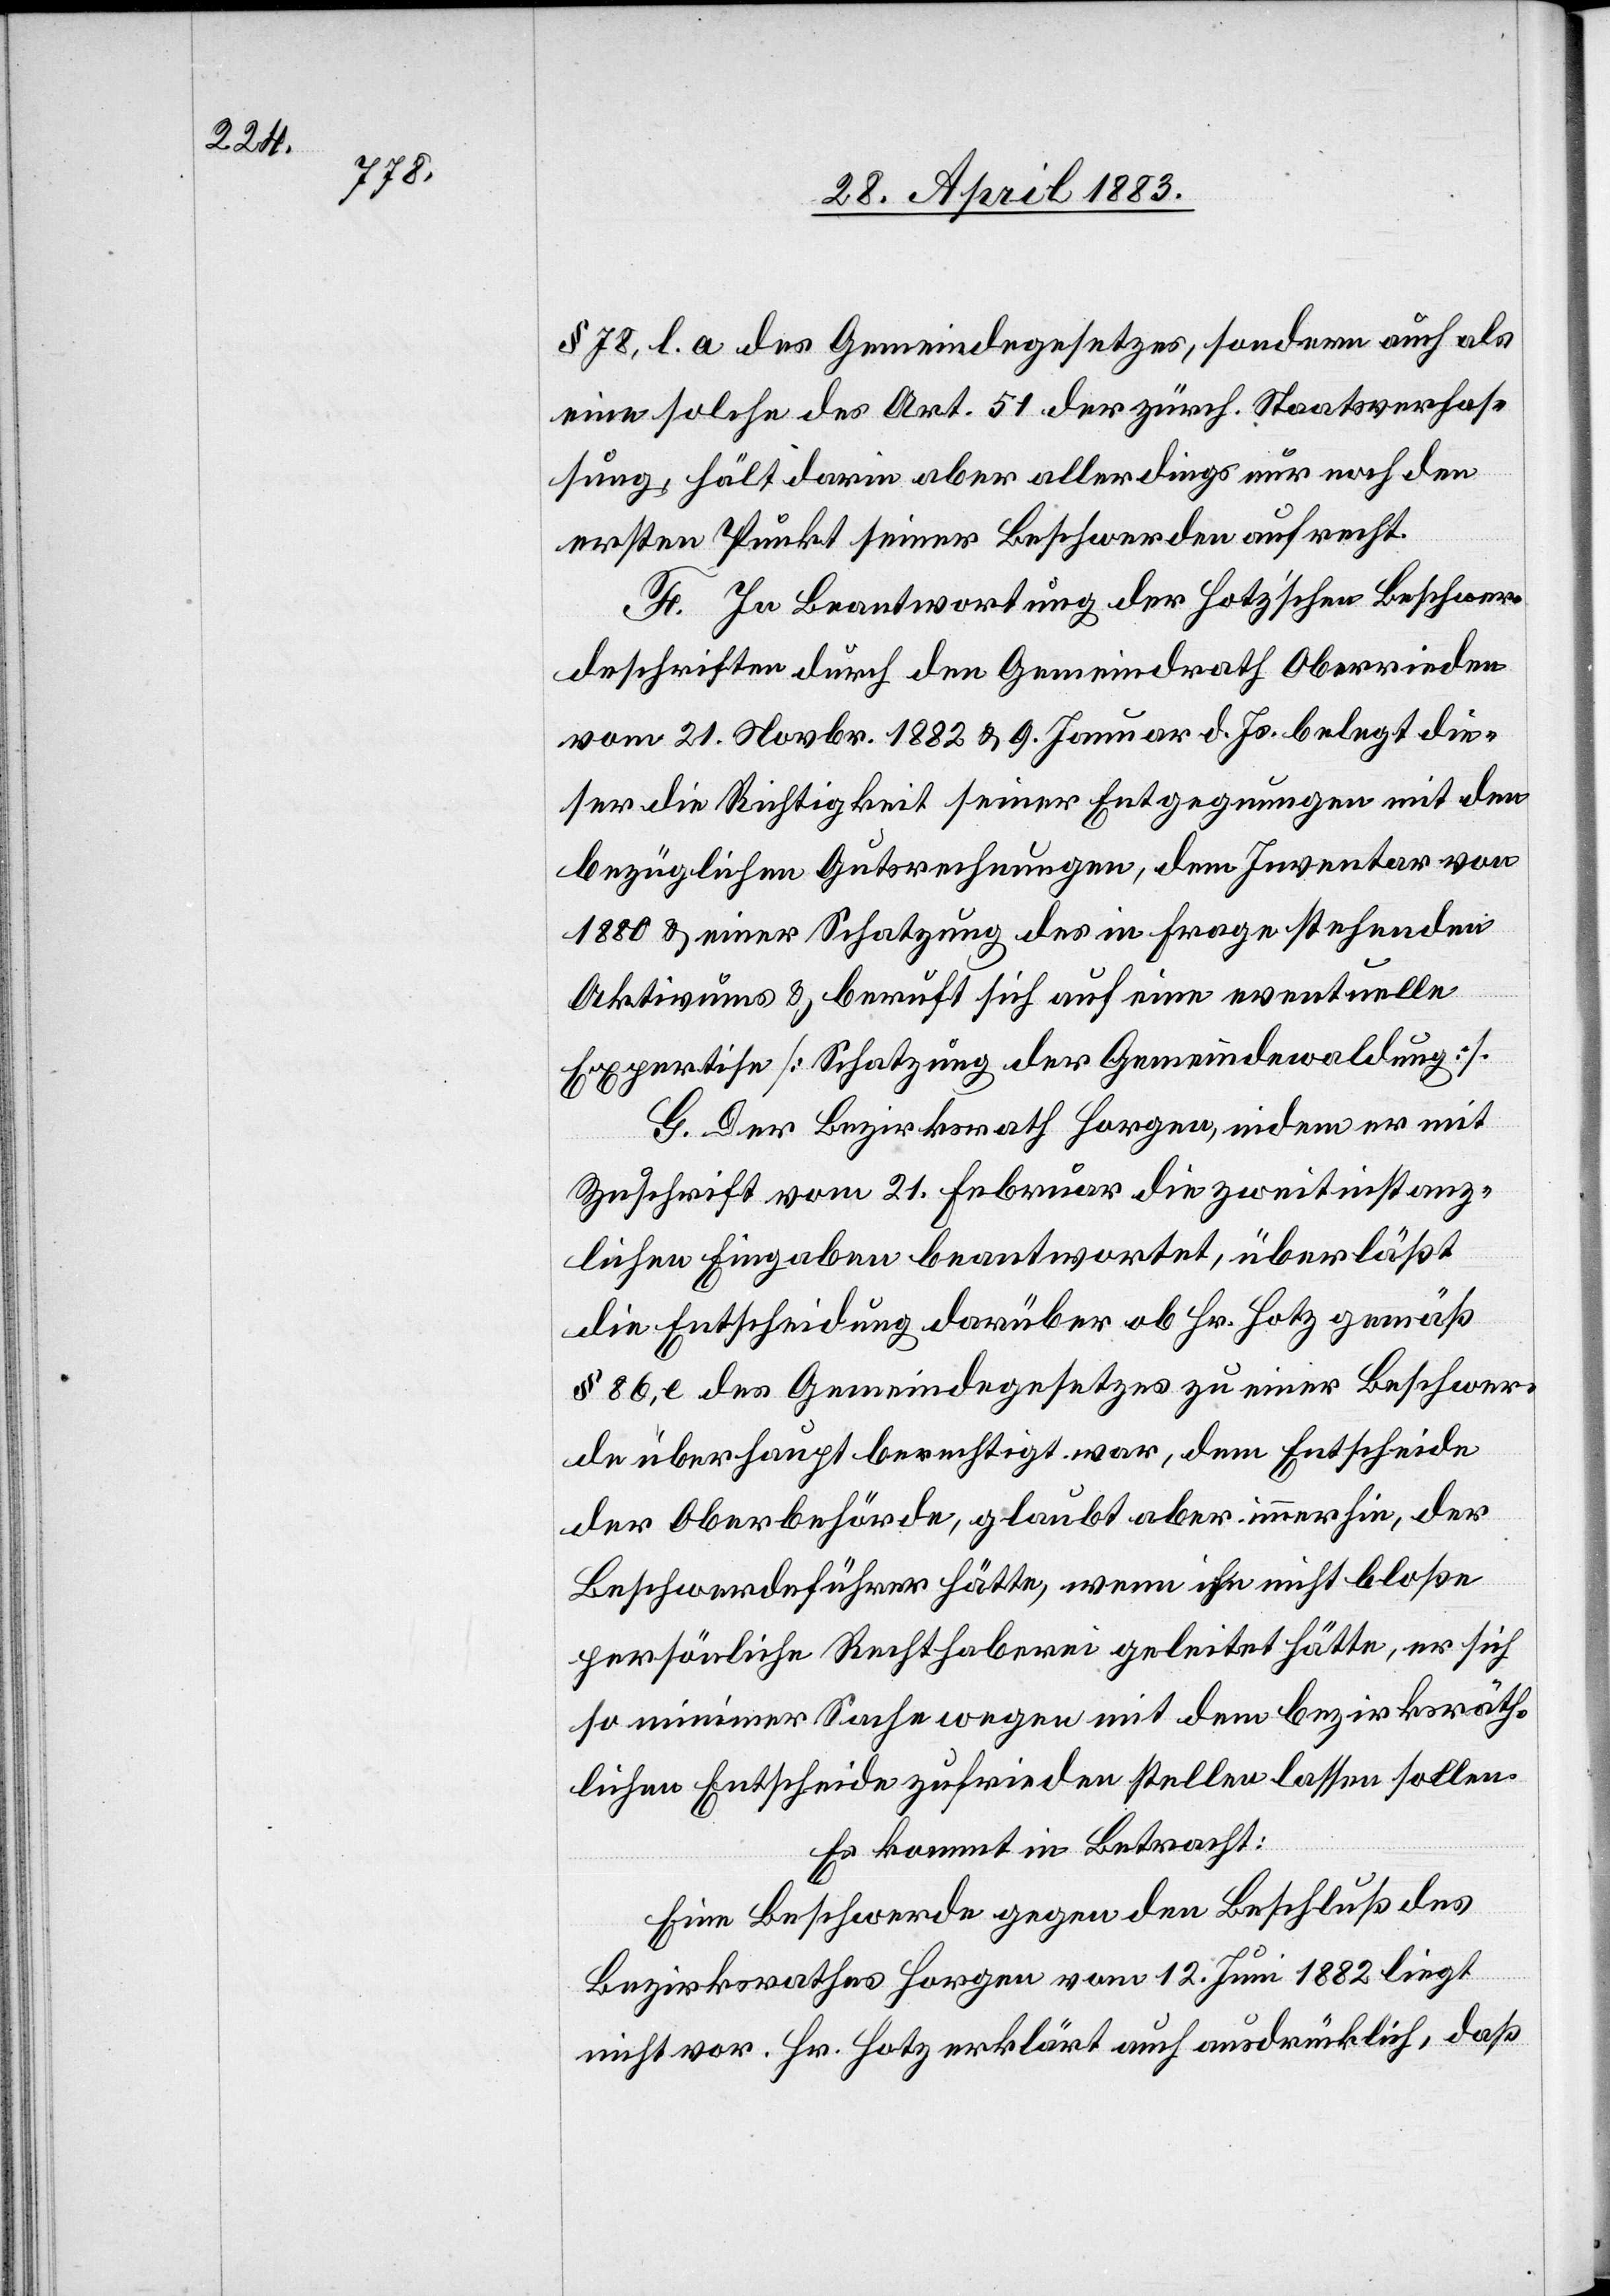
§ 78, l. a des Gemeindegesetzes, sondern auch als
eine solche des Art. 51 der zürch. Staatsverfas¬
sung, hält darin aber allerdings nur noch den
ersten Punkt seiner Beschwerden aufrecht.
F. In Beantwortung der Hotz’schen Beschwer¬
deschriften durch den Gemeindrath Oberrieden
vom 21. Novbr. 1882 & 9. Januar d. Js. belegt die¬
ser die Richtigkeit seiner Entgegnungen mit den
bezüglichen Gutsrechnungen, dem Inventar von
1880 & einer Schatzung des in Frage stehenden
Aktivums & beruft sich auf eine eventuelle
Expertise [Schatzung der Gemeindewaldung].
G. Der Bezirksrath Horgen, indem er mit
Zuschrift vom 21. Februar die zweitinstanz¬
lichen Eingaben beantwortet, überläßt
die Entscheidung darüber ob Hr. Hotz gemäß
§ 86, e des Gemeindegesetzes zu einer Beschwer¬
de überhaupt berechtigt war, dem Entscheide
der Oberbehörde, glaubt aber immerhin, der
Beschwerdeführer hätte, wenn ihn nicht bloße
persönliche Rechthaberei geleitet hätte, er sich
so minimer Sache wegen mit dem bezirksräth¬
lichen Entscheide zufrieden stellen lassen sollen.
Es kommt in Betracht:
Eine Beschwerde gegen den Beschluß des
Bezirksrathes Horgen vom 12. Juni 1882 liegt
nicht vor. Hr. Hotz erklärt auch ausdrücklich, daß